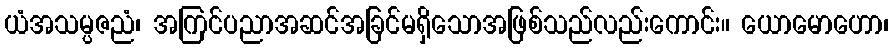
ယံအသမ္ပဇညံ၊ အကြင်ပညာအဆင်အခြင်မရှိသောအဖြစ်သည်လည်းကောင်း။ ယောမောဟော၊